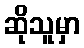
ဆိုသူမှာ